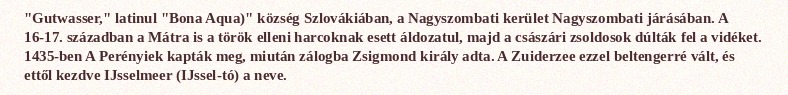
"Gutwasser," latinul "Bona Aqua)" község Szlovákiában, a Nagyszombati kerület Nagyszombati járásában. A 16-17. században a Mátra is a török elleni harcoknak esett áldozatul, majd a császári zsoldosok dúlták fel a vidéket. 1435-ben A Perényiek kapták meg, miután zálogba Zsigmond király adta. A Zuiderzee ezzel beltengerré vált, és ettől kezdve IJsselmeer (IJssel-tó) a neve.